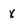
Character: x